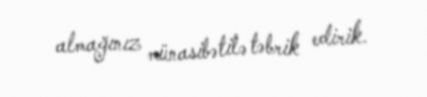
almağınız münasibətilə təbrik edirik.